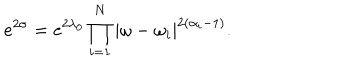
LaTeX: e ^ { 2 \sigma } = e ^ { 2 \lambda _ { 0 } } \prod _ { i = 1 } ^ { N } | \omega - \omega _ { i } | ^ { 2 ( \alpha _ { i } - 1 ) } .